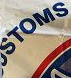
STOMS